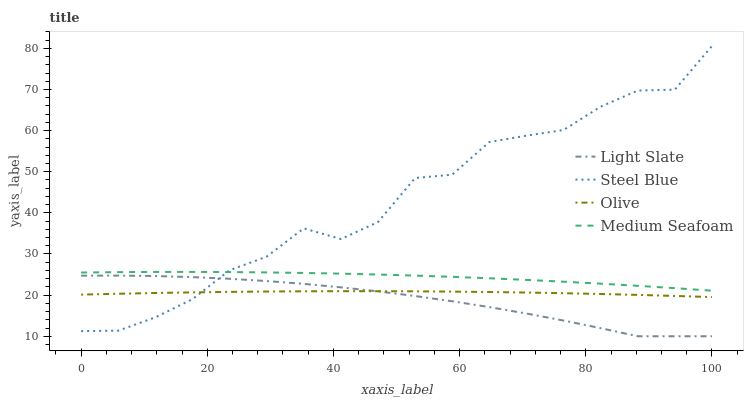
| xaxis_label | Light Slate | Steel Blue | Olive | Medium Seafoam |
 | --- | --- | --- | --- | --- |
 | 0 | 24.7 | 11.2 | 20.1 | 25.5 |
 | 5.88 | 24.8 | 11.4 | 20.3 | 25.6 |
 | 11.8 | 24.6 | 14.6 | 20.5 | 25.6 |
 | 17.6 | 24.4 | 19 | 20.7 | 25.6 |
 | 23.5 | 24 | 26 | 20.8 | 25.6 |
 | 29.4 | 23.4 | 29.4 | 20.9 | 25.5 |
 | 35.3 | 22.7 | 36.2 | 20.9 | 25.4 |
 | 41.2 | 21.9 | 33.6 | 21 | 25.2 |
 | 47.1 | 20.9 | 37.8 | 21 | 25 |
 | 52.9 | 19.8 | 48.5 | 20.9 | 24.7 |
 | 58.8 | 18.5 | 49.3 | 20.9 | 24.4 |
 | 64.7 | 17.1 | 57.2 | 20.8 | 24.1 |
 | 70.6 | 15.5 | 58.8 | 20.6 | 23.7 |
 | 76.5 | 13.8 | 60.1 | 20.5 | 23.3 |
 | 82.4 | 12 | 65.8 | 20.3 | 22.8 |
 | 88.2 | 10 | 69.7 | 20.1 | 22.3 |
 | 94.1 | 10 | 70 | 19.8 | 21.7 |
 | 100 | 10 | 80.6 | 19.5 | 21.1 |